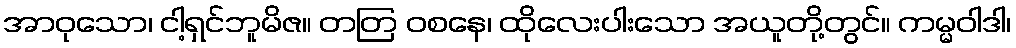
အာဝုသော၊ ငါ့ရှင်ဘူမိဇ။ တတြ ဝစနေ၊ ထိုလေးပါးသော အယူတို့တွင်။ ကမ္မဝါဒါ၊